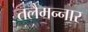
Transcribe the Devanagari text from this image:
तलैमन्‍नार